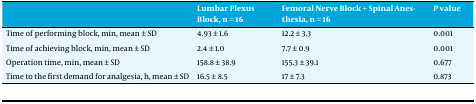
|  | Lumbar Plexus Block, n = 16 | Femoral Nerve Block + Spinal Anesthesia, n = 16 | P value |
 | --- | --- | --- | --- |
 | Time of performing block, min, mean ± SD | 4.93 ± 1.6 | 12.2 ± 3.3 | 0.001 |
 | Time of achieving block, min, mean ± SD | 2.4 ± 1.0 | 7.7 ± 0.9 | 0.001 |
 | Operation time, min, mean ± SD | 158.8 ± 38.9 | 155.3 ± 39.1 | 0.677 |
 | Time to the first demand for analgesia, h, mean ± SD | 16.5 ± 8.5 | 17 ± 7.3 | 0.873 |